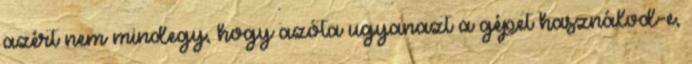
azért nem mindegy, hogy azóta ugyanazt a gépet használod-e,